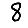
Digit: 8